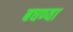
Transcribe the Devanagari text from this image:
बघण्या